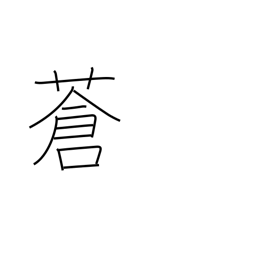
Meaning: pale